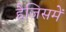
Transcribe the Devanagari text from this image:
हैजिसमें